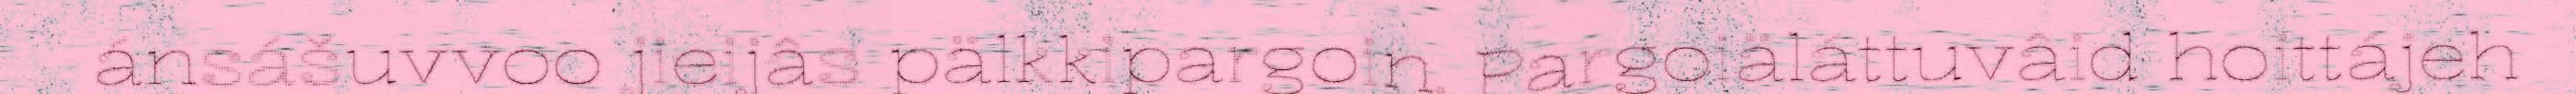
ánsášuvvoo jieijâs pälkkipargoin. Pargoiäláttuvâid hoittájeh